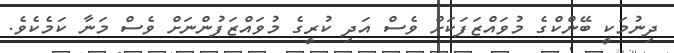
ދިނުމަކީ ބޭންކްގެ މުވައްޒަފަކަށް ވެސް އަދި ކުރީގެ މުވައްޒަފުންނަށް ވެސް މަނާ ކަމެކެވެ.